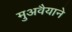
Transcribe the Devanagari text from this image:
मुअवैयाने